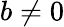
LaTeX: b\neq 0